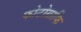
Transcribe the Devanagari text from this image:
फोटोग्राफि